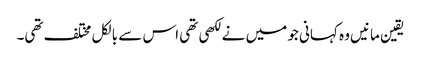
یقین مانیں وہ کہانی جو میں نے لکھی تھی اس سے بالکل مختلف تھی۔